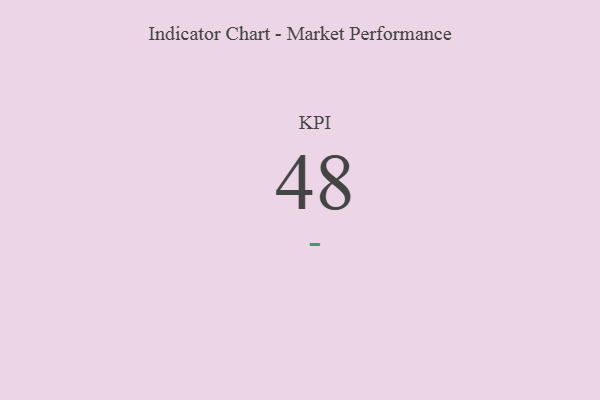
{"axis": {"x": "KPI", "y": "Value"}, "legend": [""], "data": [{"x": "KPI", "y": 48, "type": ""}]}